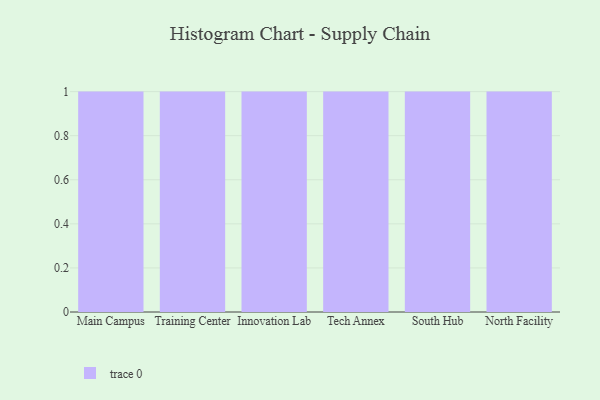
{"axis": {"x": "Campus", "y": "Market Share (%)"}, "legend": [""], "data": [{"x": "Main Campus", "y": 90, "type": ""}, {"x": "Training Center", "y": 91, "type": ""}, {"x": "Innovation Lab", "y": 78, "type": ""}, {"x": "Tech Annex", "y": 15, "type": ""}, {"x": "South Hub", "y": 52, "type": ""}, {"x": "North Facility", "y": 100, "type": ""}]}